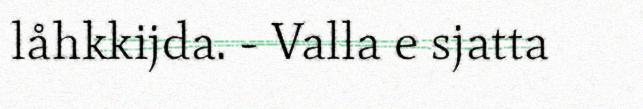
låhkkijda. - Valla e sjatta